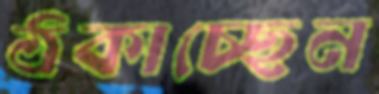
ঠকাচ্ছেন